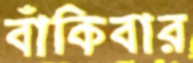
বাঁকিবার